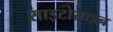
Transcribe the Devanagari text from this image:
साइटोसाइन